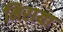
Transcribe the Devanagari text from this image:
मिराया